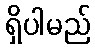
ရှိပါမည်